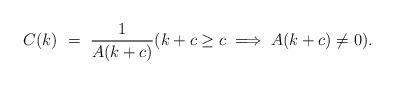
LaTeX: \begin{align*}C(k) \ = \ \frac{1}{A(k + c)} (k + c \geq c \implies A(k + c) \neq 0).\end{align*}